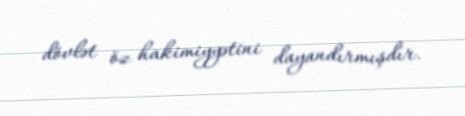
dövlət öz hakimiyyətini dayandırmışdır.